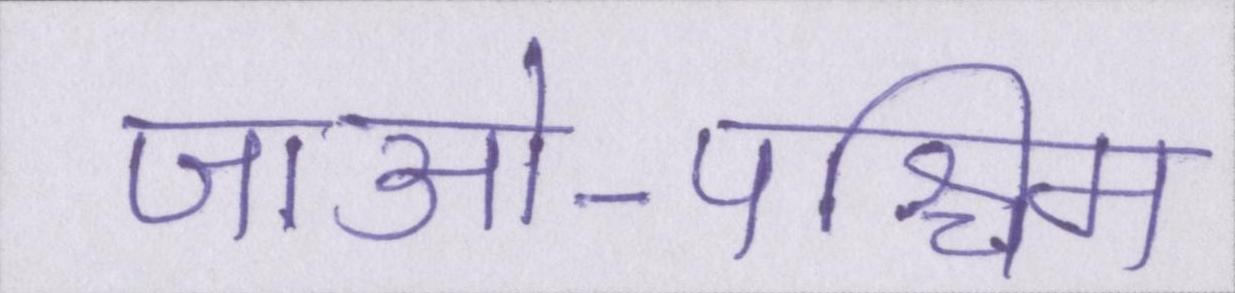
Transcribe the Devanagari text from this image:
जाओ-पश्चिम